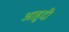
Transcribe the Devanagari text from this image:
आहुदी